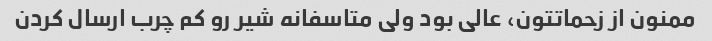
ممنون از زحماتتون، عالی بود ولی متاسفانه شیر رو کم چرب ارسال کردن